Plague in India, 1896, 1897 - Volume 1
Year: 1896
Disease focus: Plague
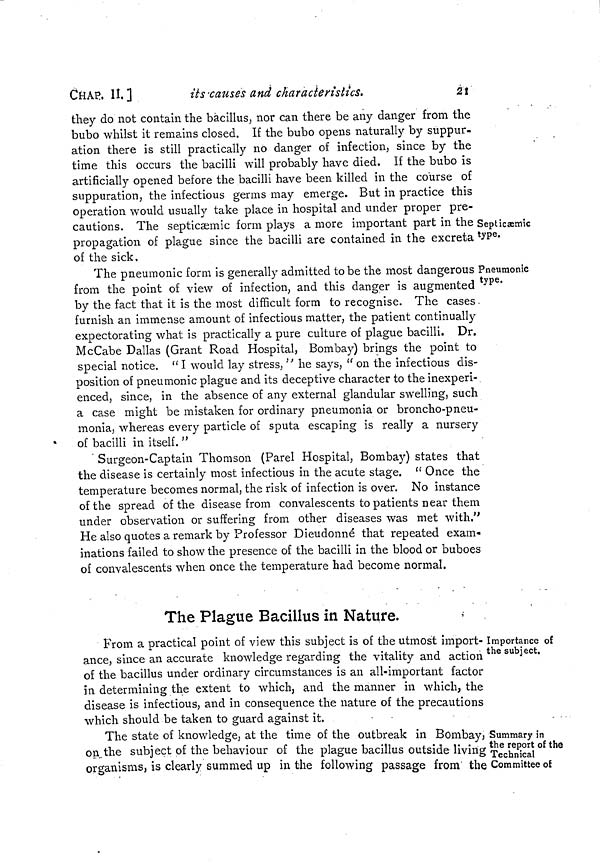
CHAP. 11.]
its causes and characteristics.
21
Septicæmic
type.
they do not contain the bacillus, nor can there be any danger from the
bubo whilst it remains closed. If the bubo opens naturally by suppur-
ation there is still practically no danger of infection, since by the
time this occurs the bacilli will probably have died. If the bubo is
artificially opened before the bacilli have been killed in the course of
suppuration, the infectious germs may emerge. But in practice this
operation would usually take place in hospital and under proper pre-
cautions. The septicæmic form plays a more important part in the
propagation of plague since the bacilli are contained in the excreta
of the sick.
Pneumonic
type.
The pneumonic form is generally admitted tobe the most dangerous
from the point of view of infection, and this danger is augmented
by the fact that it is the most difficult form to recognise. The cases -
furnish an immense amount of infectious matter, the patient continually
expectorating what is practically a pure culture of plague bacilli. Dr.
McCabe Dallas (Grant Road Hospital, Bombay) brings the point to
special notice. "I would lay stress, " he says, " on the infectious dis-
position of pneumonic plague and its deceptive character to the inexperi-
enced, since, in the absence of any external glandular swelling, such
a case might be mistaken for ordinary pneumonia or broncho-pneu-
monia, whereas every particle of sputa escaping is really a nursery
of bacilli in itself. "
Surgeon-Captain Thomson (Parel Hospital, Bombay) states that
the disease is certainly most infectious in the acute stage. " Once the
temperature becomes normal, the risk of infection is over. No instance
of the spread of the disease from convalescents to patients near them
under observation or suffering from other diseases was met with."
He also quotes a remark by Professor Dieudonné that repeated exam-
inations failed to show the presence of the bacilli in the blood or buboes
of convalescents when once the temperature had become normal.
The Plague Bacillus in Nature.
Importance of
the subject.
From a practical point of view this subject is of the utmost import-
ance, since an accurate knowledge regarding the vitality and action
of the bacillus under ordinary circumstances is an all-important factor
in determining the extent to which, and the manner in which, the
disease is infectious, and in consequence the nature of the precautions
which should be taken to guard against it.
Summary in
the report of the
Technical
Committee of
The state of knowledge, at the time of the outbreak in Bombay,
on the subject of the behaviour of the plague bacillus outside living
organisms, is clearly summed up in the following passage from' the